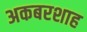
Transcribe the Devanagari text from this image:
अकबरशाह